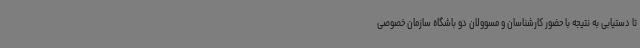
تا دستیابی به نتیجه با حضور کارشناسان و مسوولان دو باشگاه سازمان خصوصی